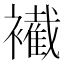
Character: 𧞛